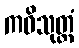
ကဝိသုတ္တံ